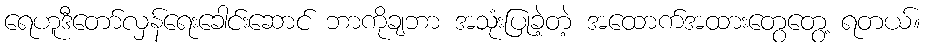
ရေဟူဒီတော်လှန်ရေးခေါင်းဆောင် ဘာကိုချဘာ အသုံးပြုခဲ့တဲ့ အထောက်အထားတွေတွေ့ ရတယ်။